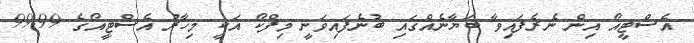
އެސްޓީއޯ އިން ނެރެފައިވާ ބަޔާނެއްގައި ބުނެފައިވަނީ މިފްކޯ އަކީ މިހާރު އެސްޓީއޯގެ 99.99